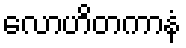
လောဟိတကာနံ